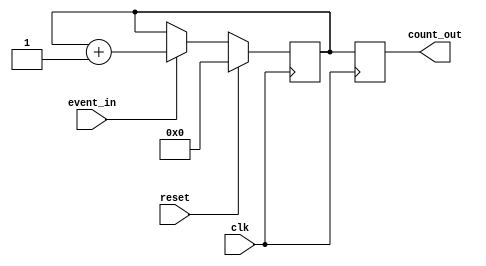
module event_counter (
    input wire event_in,   // Event signal input
    input wire clk,        // Clock signal input
    input wire reset,      // Reset signal input
    output reg [7:0] count_out // 8-bit count output (adjust size as needed)
);

// State register to hold current count value
reg [7:0] count_reg;

// Synchronous reset and counting logic
always @(posedge clk) begin
    if (reset) begin
        // Reset the count to zero
        count_reg <= 8'b0; 
    end else if (event_in) begin
        // Increment the count on event signal
        count_reg <= count_reg + 1;
    end
end

// Continuous assignment to output the current count value
always @(posedge clk) begin
    count_out <= count_reg;
end

endmodule